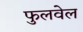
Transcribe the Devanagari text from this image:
फुलवेल